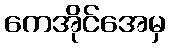
ကေအိုင်အေမှ